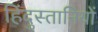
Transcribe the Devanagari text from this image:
हिंदुस्तानियों